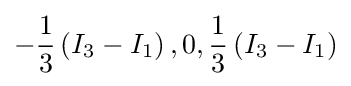
-{\frac {1}{3}}\left(I_{3}-I_{1}\right),0,{\frac {1}{3}}\left(I_{3}-I_{1}\right)